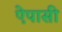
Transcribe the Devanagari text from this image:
ऐपासी